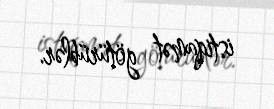
istiqamət götürüblər.